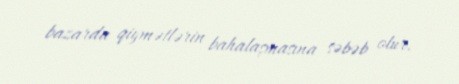
bazarda qiymətlərin bahalaşmasına səbəb olur.